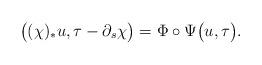
LaTeX: \begin{align*}\big((\chi)_* u, \tau-\partial_s \chi\big)=\Phi \circ \Psi\big(u,\tau\big).\end{align*}